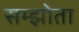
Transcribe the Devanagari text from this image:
सम्झोता